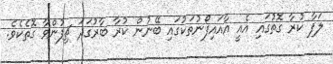
ލަފާ ކުރާ ގޮތުގައި އެއީ އާއައިފޯނުތަކުގައި ބޭނުން ކުރާ ބާރުގަދަ ޗިޕުންވާ ގޮތެކެވެ.